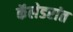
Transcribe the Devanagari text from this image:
कॅलेडरांत